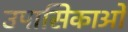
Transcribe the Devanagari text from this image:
उपासिकाओं